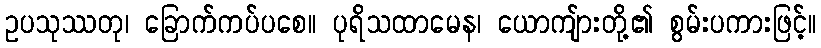
ဥပသုဿတု၊ ခြောက်ကပ်ပစေ။ ပုရိသထာမေန၊ ယောကျ်ားတို့၏ စွမ်းပကားဖြင့်။